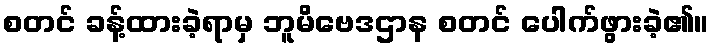
စတင် ခန့်ထားခဲ့ရာမှ ဘူမိဗေဒဌာန စတင် ပေါက်ဖွားခဲ့၏။